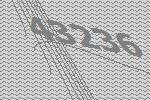
43236